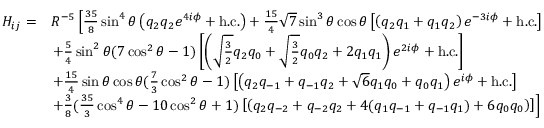
\begin{array} { r l } { H _ { i j } = } & { R ^ { - 5 } \left[ \frac { 3 5 } { 8 } \sin ^ { 4 } \theta \left( q _ { 2 } q _ { 2 } e ^ { 4 i \phi } + \mathrm { h . c . } \right) + \frac { 1 5 } { 4 } \sqrt { 7 } \sin ^ { 3 } \theta \cos \theta \left[ \left( q _ { 2 } q _ { 1 } + q _ { 1 } q _ { 2 } \right) e ^ { - 3 i \phi } + \mathrm { h . c . } \right] \right. } \\ & { \left. + \frac { 5 } { 4 } \sin ^ { 2 } \theta ( 7 \cos ^ { 2 } \theta - 1 ) \left[ \left( \sqrt { \frac { 3 } { 2 } } q _ { 2 } q _ { 0 } + \sqrt { \frac { 3 } { 2 } } q _ { 0 } q _ { 2 } + 2 q _ { 1 } q _ { 1 } \right) e ^ { 2 i \phi } + \mathrm { h . c . } \right] \right. } \\ & { \left. + \frac { 1 5 } { 4 } \sin \theta \cos \theta ( \frac { 7 } { 3 } \cos ^ { 2 } \theta - 1 ) \left[ \left( q _ { 2 } q _ { - 1 } + q _ { - 1 } q _ { 2 } + \sqrt { 6 } q _ { 1 } q _ { 0 } + q _ { 0 } q _ { 1 } \right) e ^ { i \phi } + \mathrm { h . c . } \right] \right. } \\ & { \left. + \frac { 3 } { 8 } ( \frac { 3 5 } { 3 } \cos ^ { 4 } \theta - 1 0 \cos ^ { 2 } \theta + 1 ) \left[ \left( q _ { 2 } q _ { - 2 } + q _ { - 2 } q _ { 2 } + 4 ( q _ { 1 } q _ { - 1 } + q _ { - 1 } q _ { 1 } ) + 6 q _ { 0 } q _ { 0 } \right) \right] \right] } \end{array}